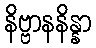
နိဗ္ဗာနနိန္နာ